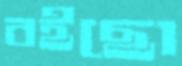
বইছো